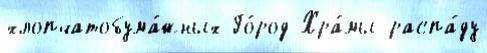
хлопчатобума́жных Го́род Хра́мы распа́ду